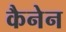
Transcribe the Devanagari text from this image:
कैनेन